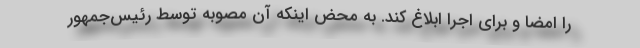
را امضا و برای اجرا ابلاغ کند. به محض اینکه آن مصوبه توسط رئیس‌جمهور